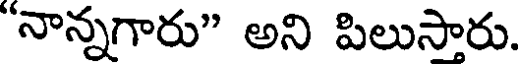
"నాన్నగారు" అని పిలుసారు.